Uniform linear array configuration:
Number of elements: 8
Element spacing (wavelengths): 0.25
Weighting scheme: kaiser
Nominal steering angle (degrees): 30
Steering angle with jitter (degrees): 31.341
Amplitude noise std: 0.05
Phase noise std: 0.05

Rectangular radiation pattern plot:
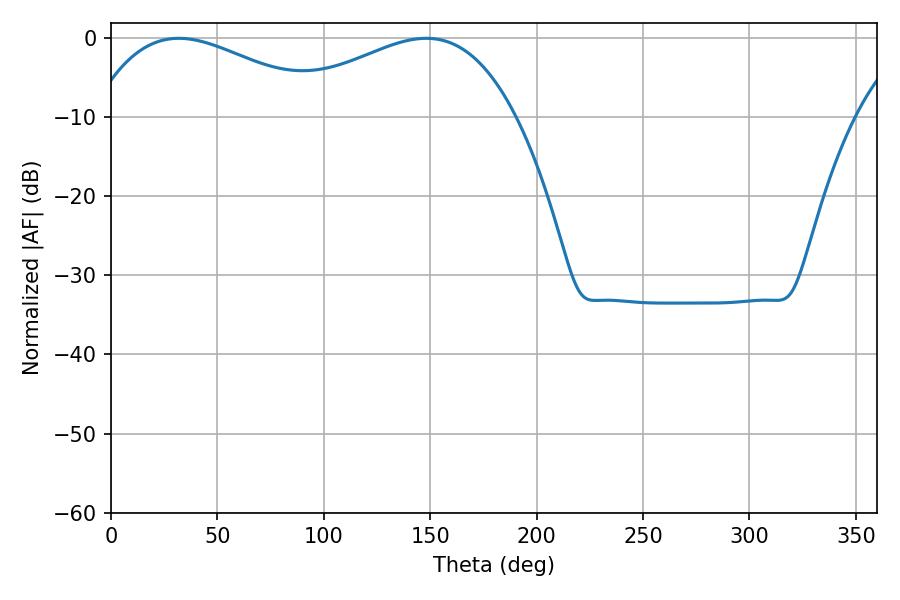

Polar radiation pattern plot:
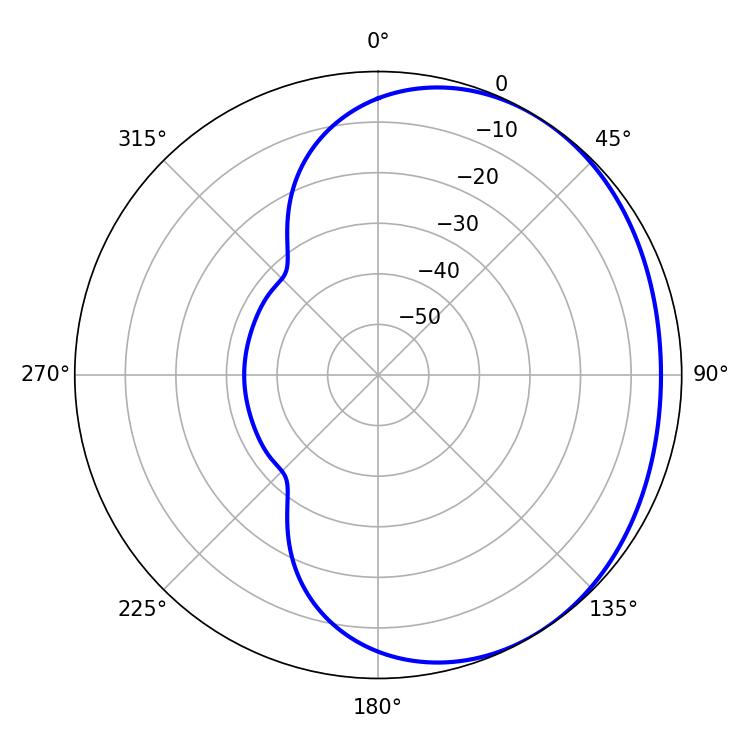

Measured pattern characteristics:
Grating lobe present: FALSE
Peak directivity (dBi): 1.924
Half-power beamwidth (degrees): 61.56
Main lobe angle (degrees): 31.86